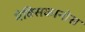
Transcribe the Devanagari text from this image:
मेक्सिकानोस